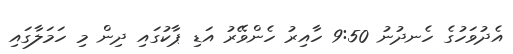
އެދުވަހުގެ ހެނދުނު 9:50 ހާއިރު ހެންވޭރު އަޑި ޕާކުގައި ދިން މި ހަމަލާގައި